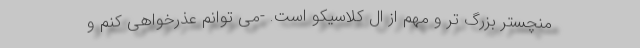
منچستر بزرگ تر و مهم از ال کلاسیکو است. -می توانم عذرخواهی کنم و